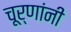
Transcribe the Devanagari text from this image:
चूर्णांनी